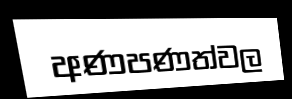
අණපණත්වල